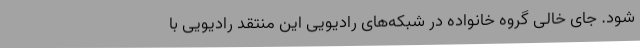
شود. جای خالی گروه خانواده در شبکه‌های رادیویی این منتقد رادیویی با